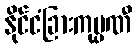
နိုင်ငံခြားကုမ္ပဏီ